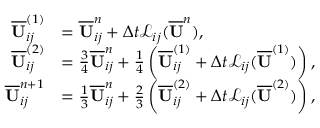
\begin{array} { r l } { \overline { { \mathbf { U } } } _ { i j } ^ { ( 1 ) } } & { = \overline { { \mathbf { U } } } _ { i j } ^ { n } + \Delta t \mathcal { L } _ { i j } ( \overline { { \mathbf { U } } } ^ { n } ) , } \\ { \overline { { \mathbf { U } } } _ { i j } ^ { ( 2 ) } } & { = \frac { 3 } { 4 } \overline { { \mathbf { U } } } _ { i j } ^ { n } + \frac { 1 } { 4 } \left( \overline { { \mathbf { U } } } _ { i j } ^ { ( 1 ) } + \Delta t \mathcal { L } _ { i j } ( \overline { { \mathbf { U } } } ^ { ( 1 ) } ) \right) , } \\ { \overline { { \mathbf { U } } } _ { i j } ^ { n + 1 } } & { = \frac { 1 } { 3 } \overline { { \mathbf { U } } } _ { i j } ^ { n } + \frac { 2 } { 3 } \left( \overline { { \mathbf { U } } } _ { i j } ^ { ( 2 ) } + \Delta t \mathcal { L } _ { i j } ( \overline { { \mathbf { U } } } ^ { ( 2 ) } ) \right) , } \end{array}